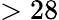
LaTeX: >28